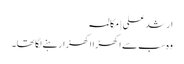
ارشد علی | مکالمہ
وہ سب سے اکھڑا اکھڑارہنے لگا تھا۔